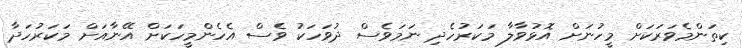
ކިތަންމެވަރަކަށް މީހުނަށް އޮޅުވާލާ މަކަރުހެދި ނަމަވެސް ދުވަހަކު ވެސް އެހެންމީހަކަށް އޭނާއަށް މަކަރުހަދާ